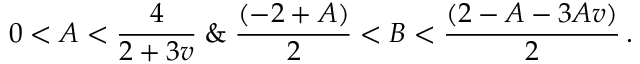
0 < A < \frac { 4 } { 2 + 3 v } \; \& \; \frac { ( - 2 + A ) } { 2 } < B < \frac { ( 2 - A - 3 A v ) } { 2 } \, .